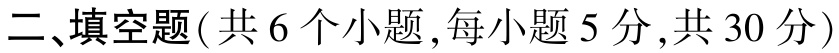
二、填空题(共 6 个小题,每小题 5 分,共 30 分)